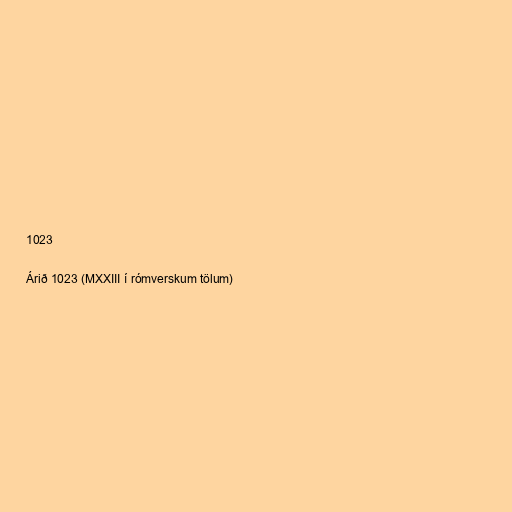
1023

Árið 1023 (MXXIII í rómverskum tölum)